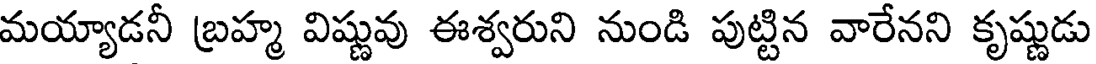
మయ్యాడనీ బ్రహ్మ విష్ణువు ఈశ్వరుని నుండి పుట్టిన వారేనని కృష్ణుడు